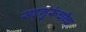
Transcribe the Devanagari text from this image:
सदगुरूंचीच